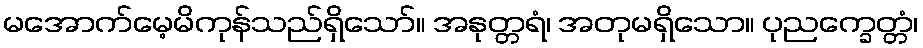
မအောက်မေ့မိကုန်သည်ရှိသော်။ အနုတ္တရံ၊ အတုမရှိသော။ ပုညက္ခေတ္တံ၊